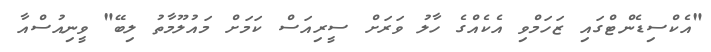
"އެކްސިޑެންޓްގައި ޒަހަމްވި އެކެއްގެ ހާލު ވަރަށް ސީރިއަސް ކަމަށް މައުލޫމާތު ލިބޭ" ވީނިއުސްއާ